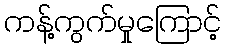
ကန့်ကွက်မှုကြောင့်